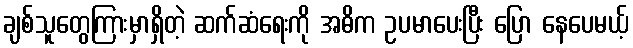
ချစ်သူတွေကြားမှာရှိတဲ့ ဆက်ဆံရေးကို အဓိက ဥပမာပေးပြီး ပြော နေပေမယ့်